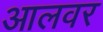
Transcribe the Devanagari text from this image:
आलवर